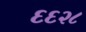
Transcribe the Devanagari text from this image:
६६२८